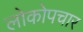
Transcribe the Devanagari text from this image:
लोकोपचार